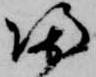
帰